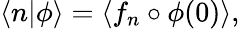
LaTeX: \langle n|\phi\rangle=\langle f_{n}\circ\phi(0)\rangle,